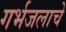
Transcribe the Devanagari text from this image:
गर्भजलाचे